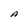
Character: A